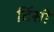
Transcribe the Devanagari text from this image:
टिंसी